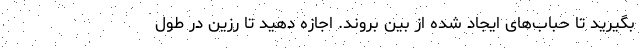
بگیرید تا حباب‌های ایجاد شده از بین بروند. اجازه دهید تا رزین در طول